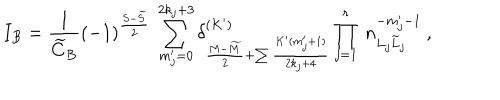
I _ { B } = \frac { 1 } { \widetilde C _ { B } } ( - 1 ) ^ { \frac { S - \widetilde { S } } { 2 } } \: \sum _ { m _ { j } ^ { \prime } = 0 } ^ { 2 k _ { j } + 3 } \delta _ { \frac { M - \widetilde { M } } { 2 } + \sum \frac { K ^ { \prime } ( m _ { j } ^ { \prime } + 1 ) } { 2 k _ { j } + 4 } } ^ { ( K ^ { \prime } ) } \prod _ { j = 1 } ^ { r } \: n _ { L _ { j } \widetilde { L } _ { j } } ^ { - m _ { j } ^ { \prime } - 1 } \: ,